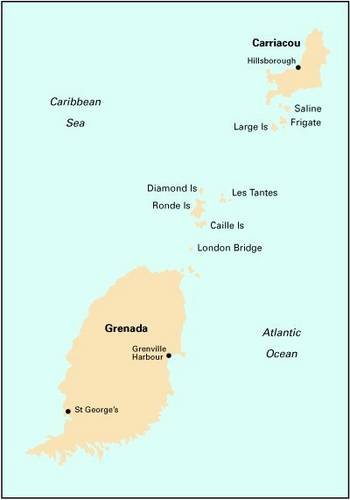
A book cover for Imray Iolaire Chart B32 2009: Carriacou to Grenada; Imray; Travel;